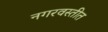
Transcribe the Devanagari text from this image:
नगरवस्तीत